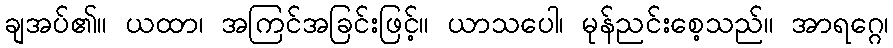
ချအပ်၏။ ယထာ၊ အကြင်အခြင်းဖြင့်။ ယာသပေါ၊ မုန်ညင်းစေ့သည်။ အာရဂ္ဂေ၊